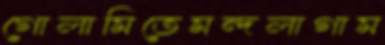
গোলামিতেমন্দলাগাম